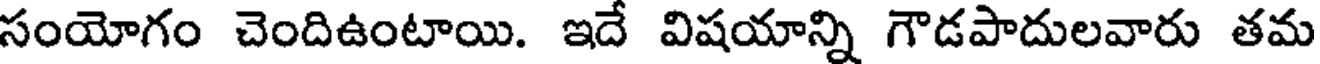
సంయోగం చెందిఉంటాయి. ఇదే విషయాన్ని గౌడపాదులవారు తమ